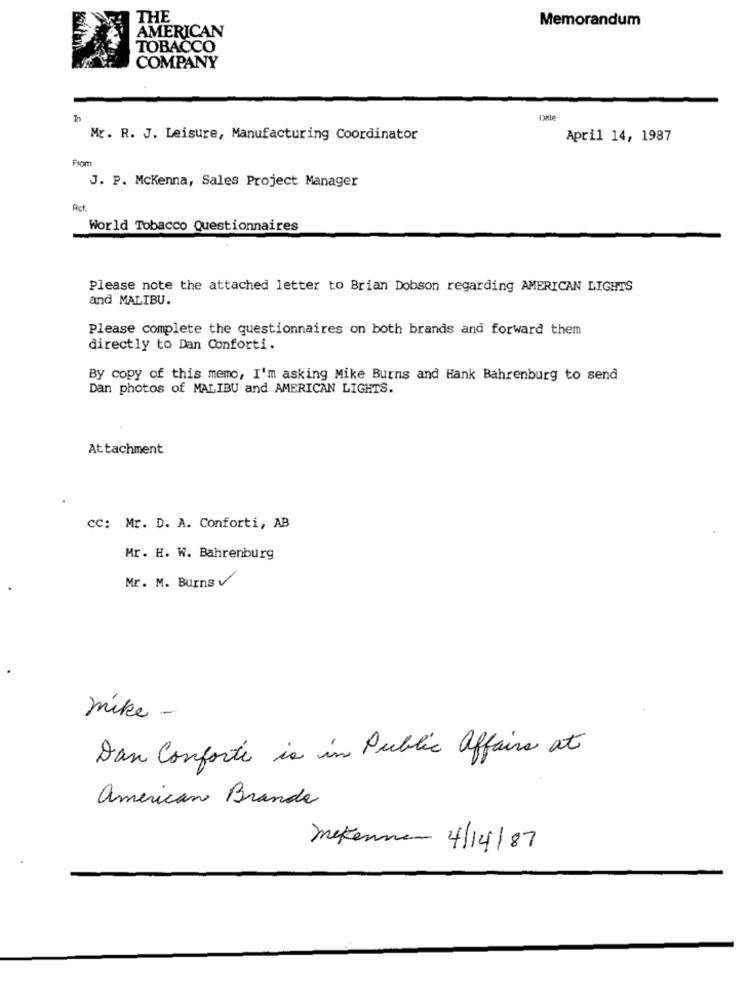
THE
Memorandum
AMERICAN
TOBACCO
COMPANY
In
Dale
Mr. R. J. Leisure, Manufacturing Coordinator
April 14, 1987
From
J. P. Mckenna, Sales Project Manager
Act.
World Tobacco Questionnaires
Please note the attached letter to Brian Dobson regarding AMERICAN LIGHTS
and MALIBU.
Please complete the questionnaires on both brands and forward them
directly to Dan Conforti.
By copy of this memo, I'm asking Mike Burns and Hank Bahrenburg to send
Dan photos of MALIBU and AMERICAN LIGHTS.
Attachment
CC: Mr. D. A. Conforti, AB
Mr. H. W. Bahrenburg
Mr. M. Burns
mike -
Dan Conforte is in Public affairs at
american Branda
mekennen 4/14/87